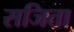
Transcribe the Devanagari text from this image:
सजिता